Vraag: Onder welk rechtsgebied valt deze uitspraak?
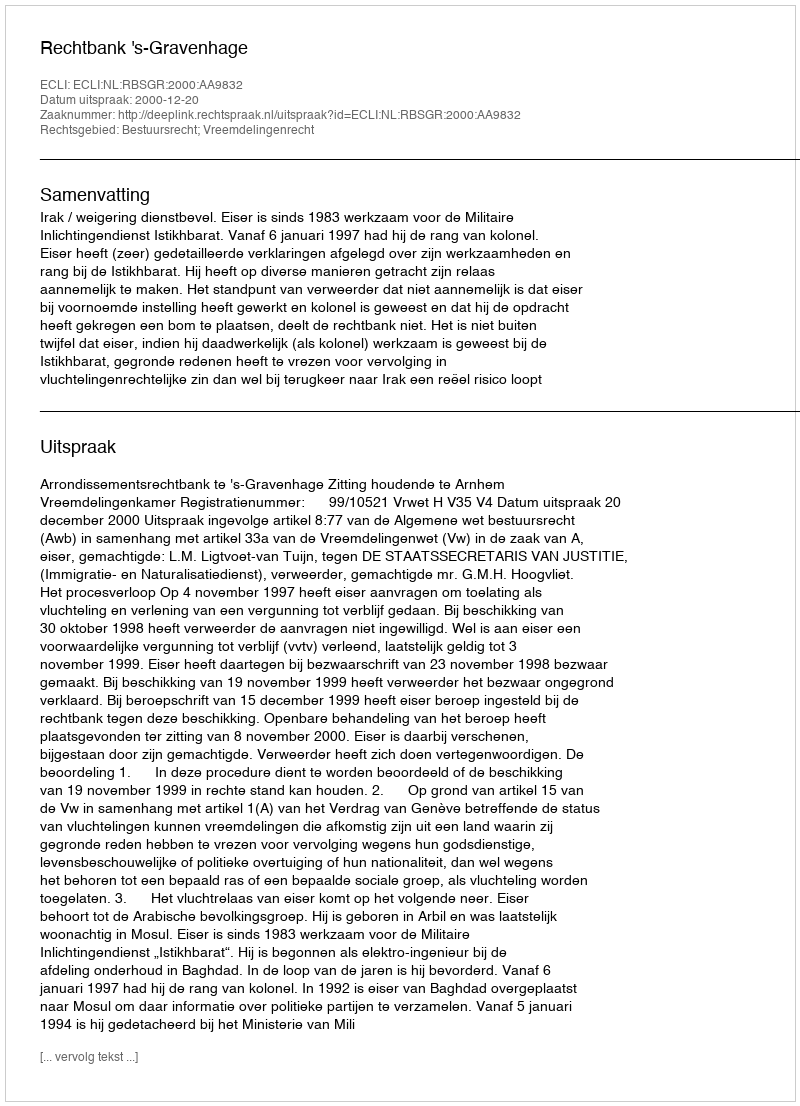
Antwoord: Bestuursrecht; Vreemdelingenrecht